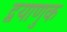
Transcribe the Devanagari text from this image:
द्वयाणुक